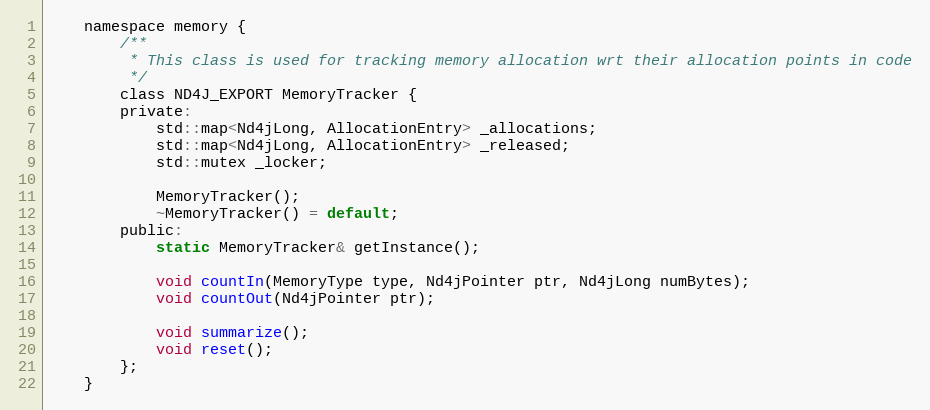
Language: C
    namespace memory {
        /**
         * This class is used for tracking memory allocation wrt their allocation points in code
         */
        class ND4J_EXPORT MemoryTracker {
        private:
            std::map<Nd4jLong, AllocationEntry> _allocations;
            std::map<Nd4jLong, AllocationEntry> _released;
            std::mutex _locker;

            MemoryTracker();
            ~MemoryTracker() = default;
        public:
            static MemoryTracker& getInstance();

            void countIn(MemoryType type, Nd4jPointer ptr, Nd4jLong numBytes);
            void countOut(Nd4jPointer ptr);

            void summarize();
            void reset();
        };
    }